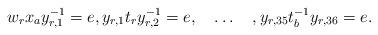
LaTeX: \begin{align*}w_rx_a y_{r,1}^{-1}=e,y_{r,1}t_{r}y_{r,2}^{-1}=e,\quad\ldots\quad,y_{r,35}t_{b}^{-1}y_{r,36}=e.\end{align*}